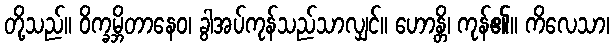
တို့သည်။ ဝိက္ခမ္ဘိတာနေဝ၊ ခွါအပ်ကုန်သည်သာလျှင်။ ဟောန္တိ၊ ကုန်၏။ ကိလေသာ၊